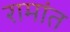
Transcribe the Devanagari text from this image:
रामांत